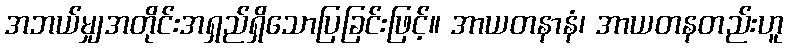
အဘယ်မျှအတိုင်းအရှည်ရှိသောပြခြင်းဖြင့်။ အာယတနာနံ၊ အာယတနတည်းဟူ